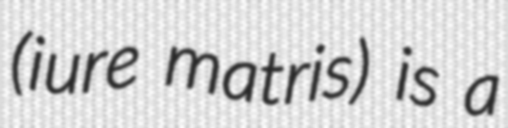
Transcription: (iure matris) is a